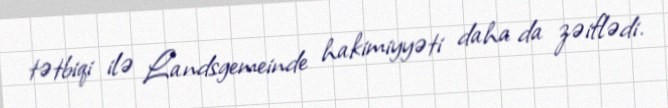
tətbiqi ilə Landsgemeinde hakimiyyəti daha da zəiflədi.